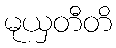
မုယှတီတိ